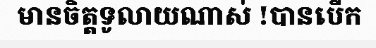
មានចិត្តទូលាយណាស់ !បានបើក